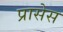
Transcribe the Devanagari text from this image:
प्रासेस